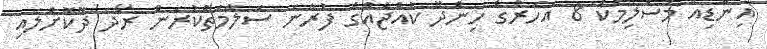
އިންޑިއާ މުސްލިމަކު 8 އަހަރުގެ ހިންދޫ ކުއްޖެއްގެ ފުރާނަ ސަލާމަތްކުރަން ރޯދަ ދޫކޮށްލައި